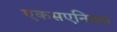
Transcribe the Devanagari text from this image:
एकसएनिक्स